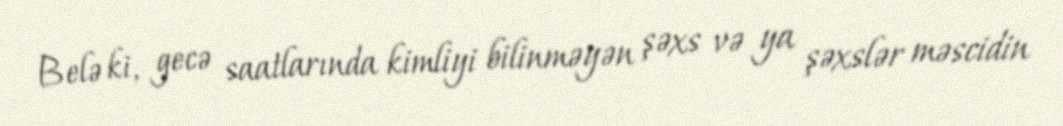
Belə ki, gecə saatlarında kimliyi bilinməyən şəxs və ya şəxslər məscidin